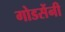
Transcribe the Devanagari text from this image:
गोडसेंनी